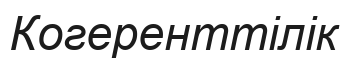
Когеренттілік